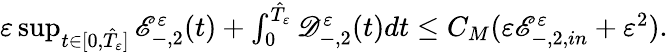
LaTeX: \begin{array}{r}{\varepsilon\operatorname*{sup}_{t\in[0,\hat{T}_{\varepsilon}]}{\mathscr E}_{-,2}^{\varepsilon}(t)+\int_{0}^{\hat{T}_{\varepsilon}}{\mathscr D}_{-,2}^{\varepsilon}(t)dt\leq C_{M}(\varepsilon{\mathscr E}_{-,2,in}^{\varepsilon}+\varepsilon^{2}).}\end{array}